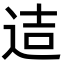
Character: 迼